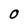
Character: 0